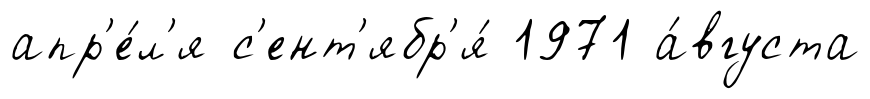
апр'е́л'я с'ент'ябр'я́ 1971 а́вгуста